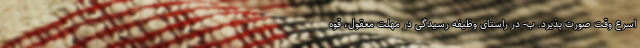
اسرع وقت صورت پذیرد. ب- در راستای وظیفه رسیدگی در مهلت معقول، قوه